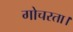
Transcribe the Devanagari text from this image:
गोचरता।